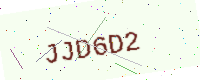
Text: JJD6D2